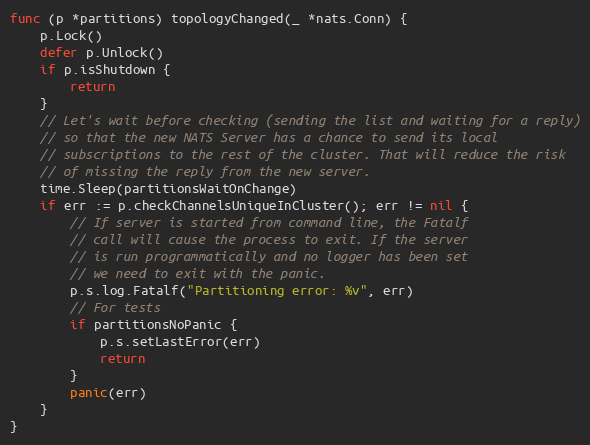
Language: Go
func (p *partitions) topologyChanged(_ *nats.Conn) {
	p.Lock()
	defer p.Unlock()
	if p.isShutdown {
		return
	}
	// Let's wait before checking (sending the list and waiting for a reply)
	// so that the new NATS Server has a chance to send its local
	// subscriptions to the rest of the cluster. That will reduce the risk
	// of missing the reply from the new server.
	time.Sleep(partitionsWaitOnChange)
	if err := p.checkChannelsUniqueInCluster(); err != nil {
		// If server is started from command line, the Fatalf
		// call will cause the process to exit. If the server
		// is run programmatically and no logger has been set
		// we need to exit with the panic.
		p.s.log.Fatalf("Partitioning error: %v", err)
		// For tests
		if partitionsNoPanic {
			p.s.setLastError(err)
			return
		}
		panic(err)
	}
}